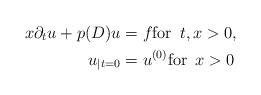
LaTeX: \begin{align*}x \partial_t u + p(D) u &= f \mbox{for } \, t, x > 0, \\u_{|t = 0} &= u^{(0)} \mbox{for } \, x > 0\end{align*}